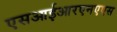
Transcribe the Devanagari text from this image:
एसआईआरएनएएस